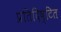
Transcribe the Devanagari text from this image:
प्रतिदिष्टित